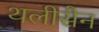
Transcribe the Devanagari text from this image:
थलीसैन